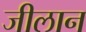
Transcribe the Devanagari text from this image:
जीलान